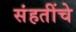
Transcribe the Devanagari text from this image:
संहतींचे